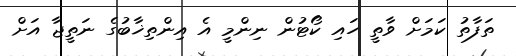
ތަފާތު ކަމަށް ވާތީ ހައި ކޯޓުން ނިންމީ އެ އިންތިޚާބުގެ ނަތީޖާ އަށް